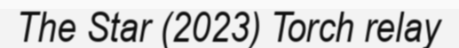
The Star (2023) Torch relay